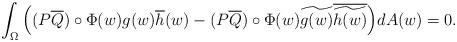
LaTeX: \begin{align*}\int_{\Omega}\Big( (P\overline{Q})\circ \Phi (w)g(w)\overline{ h}(w)-(P\overline{Q})\circ \Phi (w)\widetilde{g(w)}\overline{\widetilde{h(w)}}\Big) dA(w)=0.\end{align*}